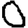
Digit: 0